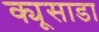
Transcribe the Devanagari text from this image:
क्यूसाडा